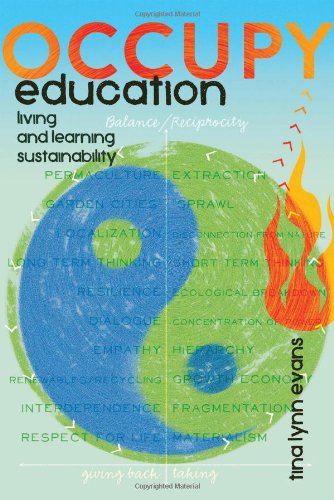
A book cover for Occupy Education: Living and Learning Sustainability (Global Studies in Education); Tina Lynn Evans; Business & Money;